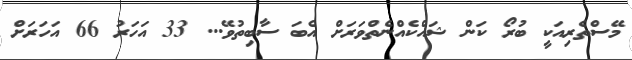
މޭސްތެރިއަކީ ބުރޯ ކަން ޝައްކެއްނެތްވަރަށް އެބަ ސާބިތުވޭ... 33 އަހަރު 66 އަހަރަށް